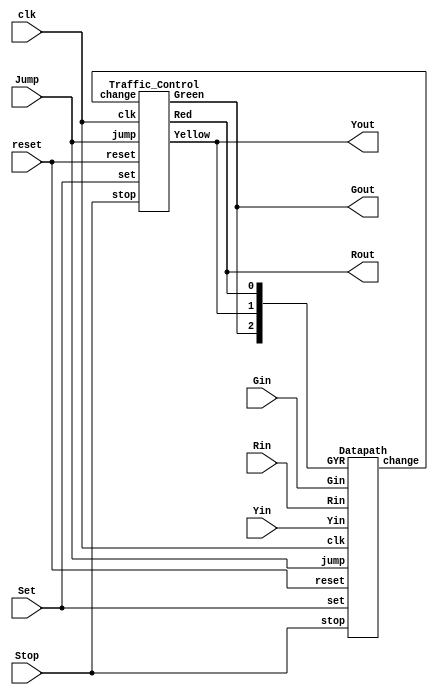
module TLS(clk, reset, Set, Stop, Jump, Gin, Yin, Rin, Gout, Yout, Rout);
input           clk;
input           reset;
input           Set;
input           Stop;
input           Jump;
input     [3:0] Gin;
input     [3:0] Yin;
input     [3:0] Rin;
output          Gout;
output          Yout;
output          Rout;
wire change;

Traffic_Control controller
    (
        .clk(clk),
        .reset(reset),
        .set(Set),
        .stop(Stop),
        .jump(Jump),
        .change(change),
        .Green(Gout),
        .Yellow(Yout),
        .Red(Rout)
    );
    Datapath datapath
    (
        .clk(clk),
        .reset(reset),
        .set(Set),
        .stop(Stop),
        .jump(Jump),
        .Gin(Gin),
        .Yin(Yin),
        .Rin(Rin),
        .GYR({Gout,Yout,Rout}),
        .change(change)
    );

endmodule

// Counter 
module Counter(clk, set, stop, jump, reset, change, cout);
    input clk, reset, change, set, stop, jump;
    output reg [3:0] cout;

    always @(posedge clk or posedge reset)
    begin
        if(reset)
        begin
            cout <= 1;
        end
        else
        begin
            if(set)
            begin
                cout <= 1;
            end
            else
            begin
                if(stop)
                begin
                    cout <= cout;
                end
                else
                begin
                    if(jump)
                    begin
                        cout <= 1;
                    end
                    else
                    begin
                        if(change)
                        begin
                            cout <= 1;
                        end
                        else
                        begin
                            cout <= cout + 1;
                        end
                    end
                end
            end
                
        end
    end

endmodule

// Compare
module Compare(current_times, set, Gin, Yin, Rin, GYR, change);
    input [3:0] Gin;
    input [3:0] Yin;
    input [3:0] Rin;
    input set;
    input [2:0] GYR;
    input [3:0] current_times;
    output reg change;
    reg [3:0] G_times, Y_times, R_times;

    always @(*)
    begin
        if(set)
        begin
            G_times = Gin;
            Y_times = Yin;
            R_times = Rin;
        end
    
    end

    always @(*)
    begin
        case(GYR)
            3'b100:
            begin
                if(current_times == G_times)
                    change = 1;
                else
                    change = 0;
            end
            3'b010:
            begin
                if(current_times == Y_times)
                    change = 1;
                else
                    change = 0;
            end
	        3'b001:
            begin
                if(current_times == R_times)
                    change = 1;
                else
                    change = 0;
            end            
            default: 
                change = 1;
        endcase
    end
endmodule

// Datapath
module Datapath(clk, reset, set, stop, jump, Gin, Yin, Rin, GYR, change);
    input clk, reset, set, stop, jump;
    input [3:0] Gin;
    input [3:0] Yin;
    input [3:0] Rin;
    input [2:0] GYR;
    output change;
    wire [3:0] Current_times;
    // Module
    Compare compare
    (
        .current_times(Current_times),
        .set(set),
        .Gin(Gin),
        .Yin(Yin),
        .Rin(Rin),
        .GYR(GYR),
        .change(change)
    );
    Counter counter
    (
        .clk(clk),
        .set(set),
        .stop(stop),
        .jump(jump),
        .reset(reset),
        .change(change),
        .cout(Current_times)
    );
endmodule

// Controller 
module Traffic_Control (clk, reset, set, stop, jump, change, Green, Yellow, Red);
    input clk, reset, change, set, stop, jump;
    output Red, Green, Yellow;
    reg Red, Green, Yellow;
    reg [1:0] currentstate, nextstate;
    parameter [1:0] Green_Light = 0, Yellow_Light = 1, Red_Light = 2;
                    
    // State Register (Flip-Flops)
    always @(posedge clk or posedge reset)
    begin
        if(reset)
        begin
            currentstate <= Green_Light;
        end
        else
            if(set)
            begin
                currentstate <= Green_Light;
            end
            else
            begin
                if(stop)
                begin
                    currentstate <= currentstate;
                end
                else
                    begin
                    if(jump)
                        currentstate <= Red_Light;
                    else
                        currentstate <= nextstate;
                end
            end
    end
    // Next State Logic
    always @(*)
    begin
        case(currentstate)
            Green_Light:
            begin
                if(change)
                    nextstate = Yellow_Light;
                else
                    nextstate = Green_Light; 
            end
            Yellow_Light:
            begin
                if(change)
                    nextstate = Red_Light;
                else
                    nextstate = Yellow_Light; 
            end
            Red_Light:
            begin
                if(change)
                    nextstate = Green_Light;
                else
                    nextstate = Red_Light; 
            end  
            default: 
                nextstate = Green_Light;
        endcase
    end
    // Output Logic
    always @(currentstate)
    begin
        case(currentstate)
            Green_Light:
            begin
                Green = 1'b1;
                Yellow = 1'b0;
                Red = 1'b0;
            end
	        Yellow_Light:
            begin
                Green = 1'b0;
                Yellow = 1'b1;
                Red = 1'b0;
            end
            Red_Light:
            begin
                Green = 1'b0;
                Yellow = 1'b0;
                Red = 1'b1;
            end
            default:
            begin
                Red = 1'b0;
                Green = 1'b0;
                Yellow = 1'b0;
            end
        endcase
    end
endmodule